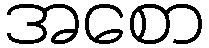
အစော